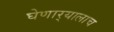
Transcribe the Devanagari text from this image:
घेणार्‍यालाच